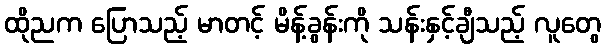
ထိုညက ပြောသည့် မာတင့် မိန့်ခွန်းကို သန်းနှင့်ချီသည့် လူတွေ